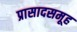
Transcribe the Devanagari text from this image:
प्रासादसमूह